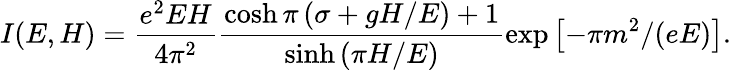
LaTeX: I(E,H)=\frac{e^{2}EH}{4\pi^{2}}\frac{\cosh\pi\left(\sigma+gH/E\right)+1}{\sinh\left(\pi H/E\right)}\exp\left[-\pi m^{2}/(eE)\right].